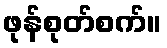
ဖုန်စုတ်စက်။